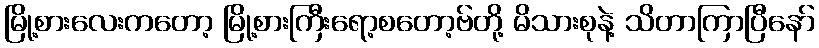
မြို့စားလေးကတော့ မြို့စားကြီးရော့စတော့ဗ်တို့ မိသားစုနဲ့ သိတာကြာပြီနော်